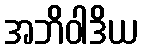
အဘိဝါဒိယ